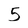
Character: 5